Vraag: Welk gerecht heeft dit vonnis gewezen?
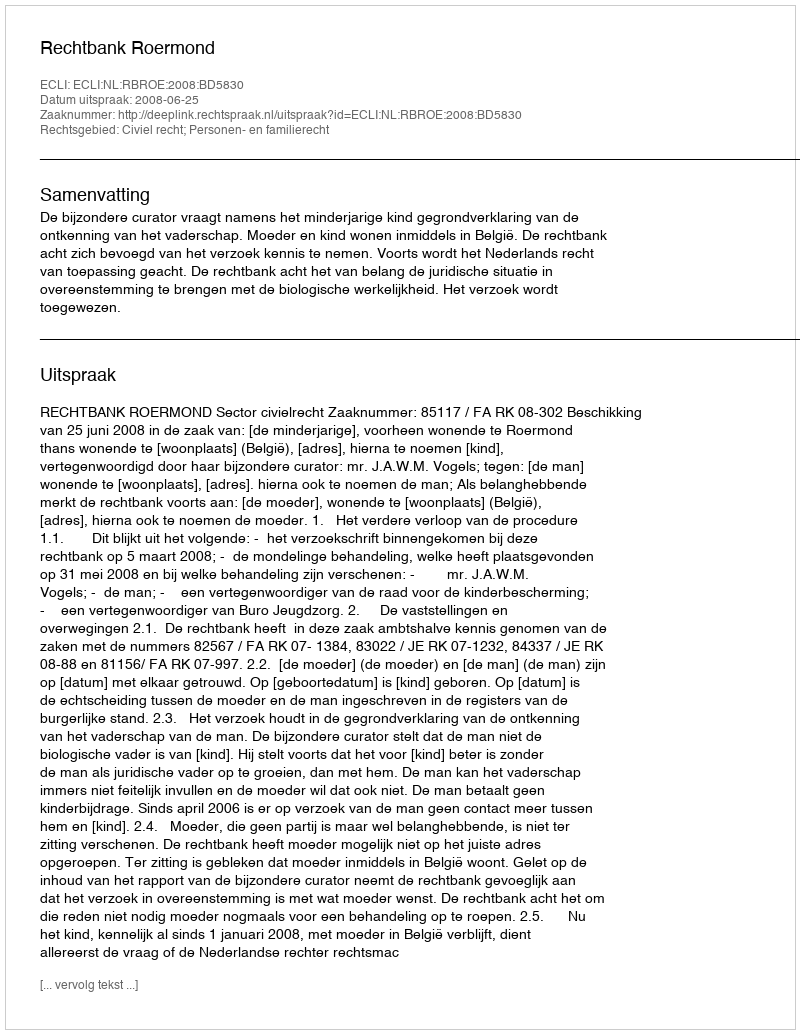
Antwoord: Rechtbank Roermond